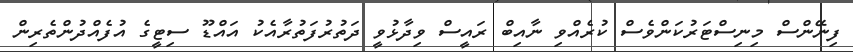
ފިނޭންސް މިނިސްޓަރުކަންވެސް ކުރެއްވި ނާއިބް ރައީސް ވިދާޅުވީ ދަތުރުފަތުރާއެކު އައްޑޫ ސިޓީގެ އުފެއްދުންތެރިން